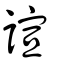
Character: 諠